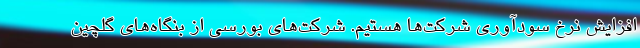
افزایش نرخ سودآوری شرکت‌ها هستیم. شرکت‌های بورسی از بنگاه‌های گلچین